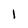
Character: 1